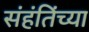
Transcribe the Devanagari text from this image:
संहंतिंच्या